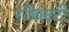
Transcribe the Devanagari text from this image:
रॉयलटी